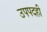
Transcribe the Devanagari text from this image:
उपपदही